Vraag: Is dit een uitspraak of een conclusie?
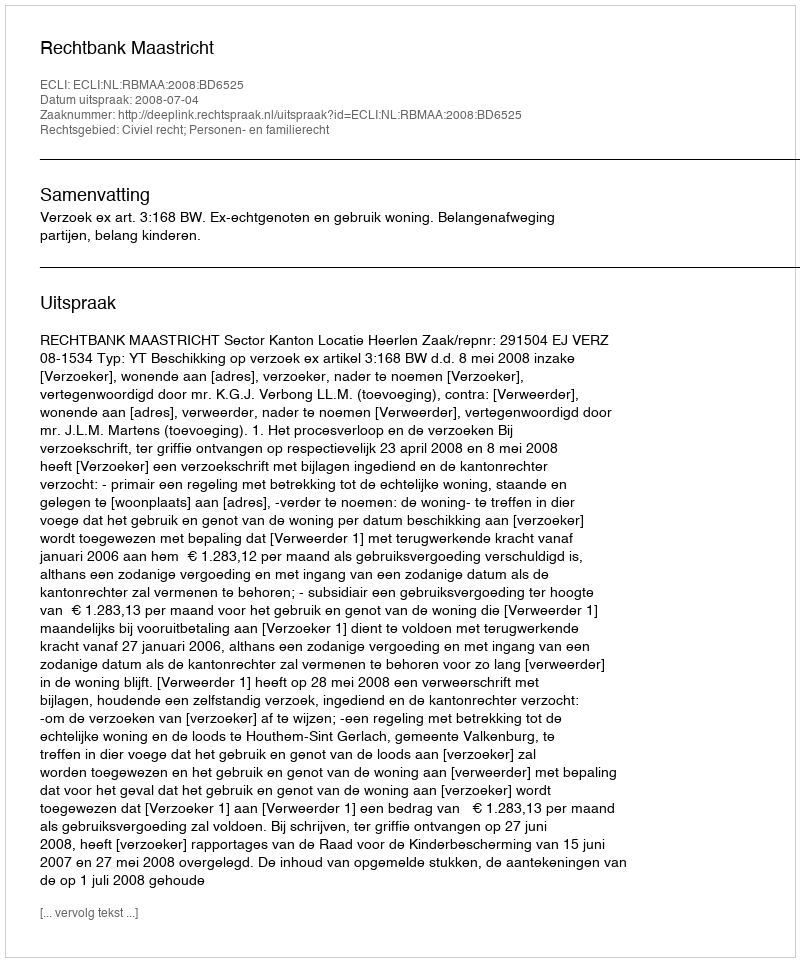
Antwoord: Uitspraak